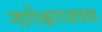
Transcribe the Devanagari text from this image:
नागेश्वराजवळ